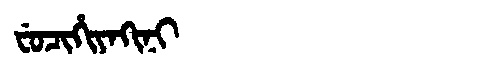
Manchu: ᠸᡠᠴᡳᡥᡳᠶᠠᡴᡳᠨᡳ
Romanization: FUCIHIYAKINI